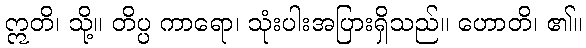
ဣတိ၊ သို့။ တိပ္ပ ကာရော၊ သုံးပါးအပြားရှိသည်။ ဟောတိ၊ ၏။